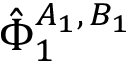
\hat { \Phi } _ { 1 } ^ { A _ { 1 } , \, B _ { 1 } }